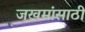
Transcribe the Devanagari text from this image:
जखमांसाठी